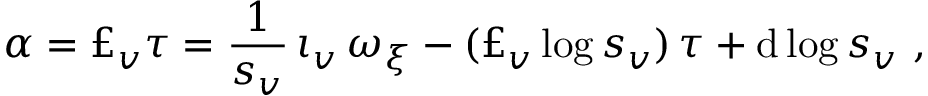
\alpha = \pounds _ { v } \tau = \frac { 1 } { s _ { v } } \, \iota _ { v } \, \omega _ { \xi } - ( \pounds _ { v } \log s _ { v } ) \, \tau + \mathrm { d } \log s _ { v } \ ,